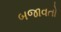
બજાવતો